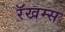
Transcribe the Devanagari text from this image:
रॅखम्स